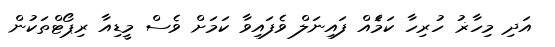
އަދި މިހާޜު ހުރިހާ ކަމަެއް ފައިނަލް ވެފައިވާ ކަމަށް ވެސް މީޑިއާ ރިޕޯޓްތަކުން